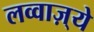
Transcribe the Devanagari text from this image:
लव्वाज़्ये